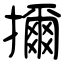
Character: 擟